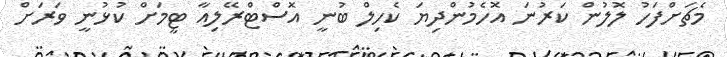
މެޗަށްފަހު ލޮލުން ކަރުނަ އޮހެމުންދިޔަ ކެހިލް ބުނީ އޮސްޓްރޭލިއާ ޓީމަށް ކުޅުނީ ވަރަށް